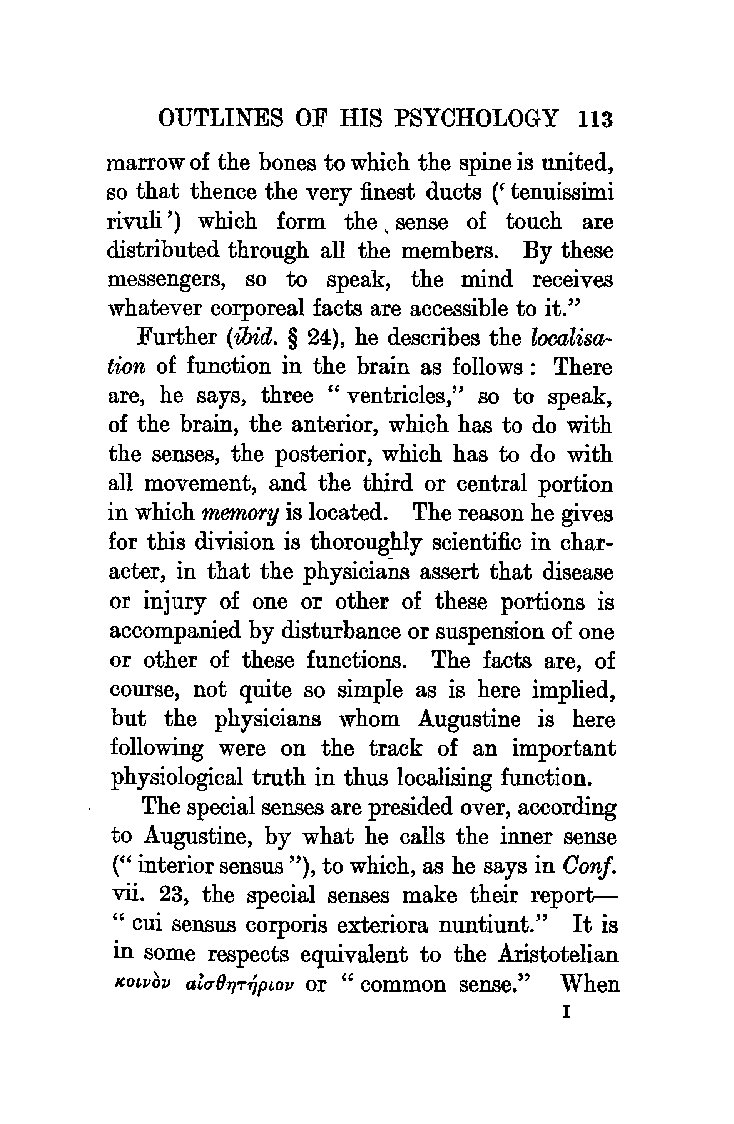
OUTLINES  OF HIS PSYCHOLOGY 113
 marrow of the bones to which the spine is united,
 so that thence the very finest ducts (' tenuissim.i
 rivuli ') which form the , sense of touch are
 distributed through all the members. By these
 messengers, so to speak, the mind receives
 whatever corporeal facts are accessible to it."
 Further (ibid. § 24), he describes the localisa
 tion of function in the brain as follows : There
 are, he says, three "ventricles," so to speak,
 of the brain, the anterior, which has to do with
 the senses, the posterior, which has to do with
 all movement, and the third or central portion
 in which memory is located. The reason he gives
 for this division is thoroughly scientific in char
 acter, in that the physicians assert that disease
 or injury of one or other of these portions is
 accompanied by disturbance or suspension of one
 or other of these functions. The facts are, of
 course, not quite so simple as is here implied,
 but the physicians whom Augustine is here
 following were on the track of an important
 physiological truth in thus localising function.
 The special senses are presided over, according
 to Augustine, by what he calls the inner sense
 (" interior sensus "), to which, as he says in Oonf.
 vii. 23, the special senses make their report
 " cui sensus corporis exteriora nuntiunt." It is
 in some respects equivalent to the Aristotelian
 ,coivo' v au· ;e 11-r' 11p iov or " common sense. "Whe n
 I